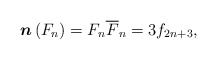
\begin{align*}\boldsymbol{n}\left( F_{n}\right) =F_{n}\overline{F}_{n}=3f_{2n+3}, \end{align*}